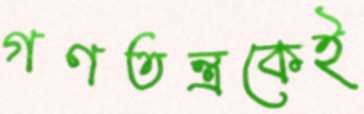
গণতন্ত্রকেই